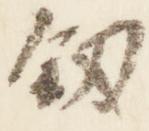
剣